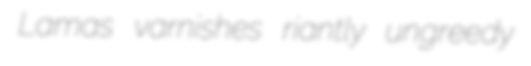
Lamas varnishes riantly ungreedy